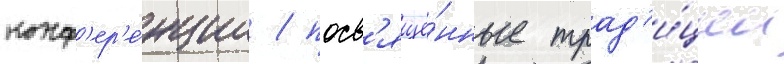
конф'ер'е́нции / посв'ящё́нные трад'и́ции